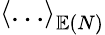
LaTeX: \left\langle\dots\right\rangle_{\mathbb{E}(N)}